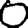
Digit: 0